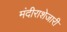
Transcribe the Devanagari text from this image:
मंदीराशेजारी